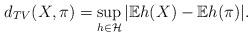
LaTeX: \begin{align*}d_{TV}(X,\pi)=\sup_{h\in\mathcal{H}}|\mathbb{E}h(X)-\mathbb{E}h(\pi)|.\end{align*}